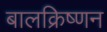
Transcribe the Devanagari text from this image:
बालक्रिष्णन